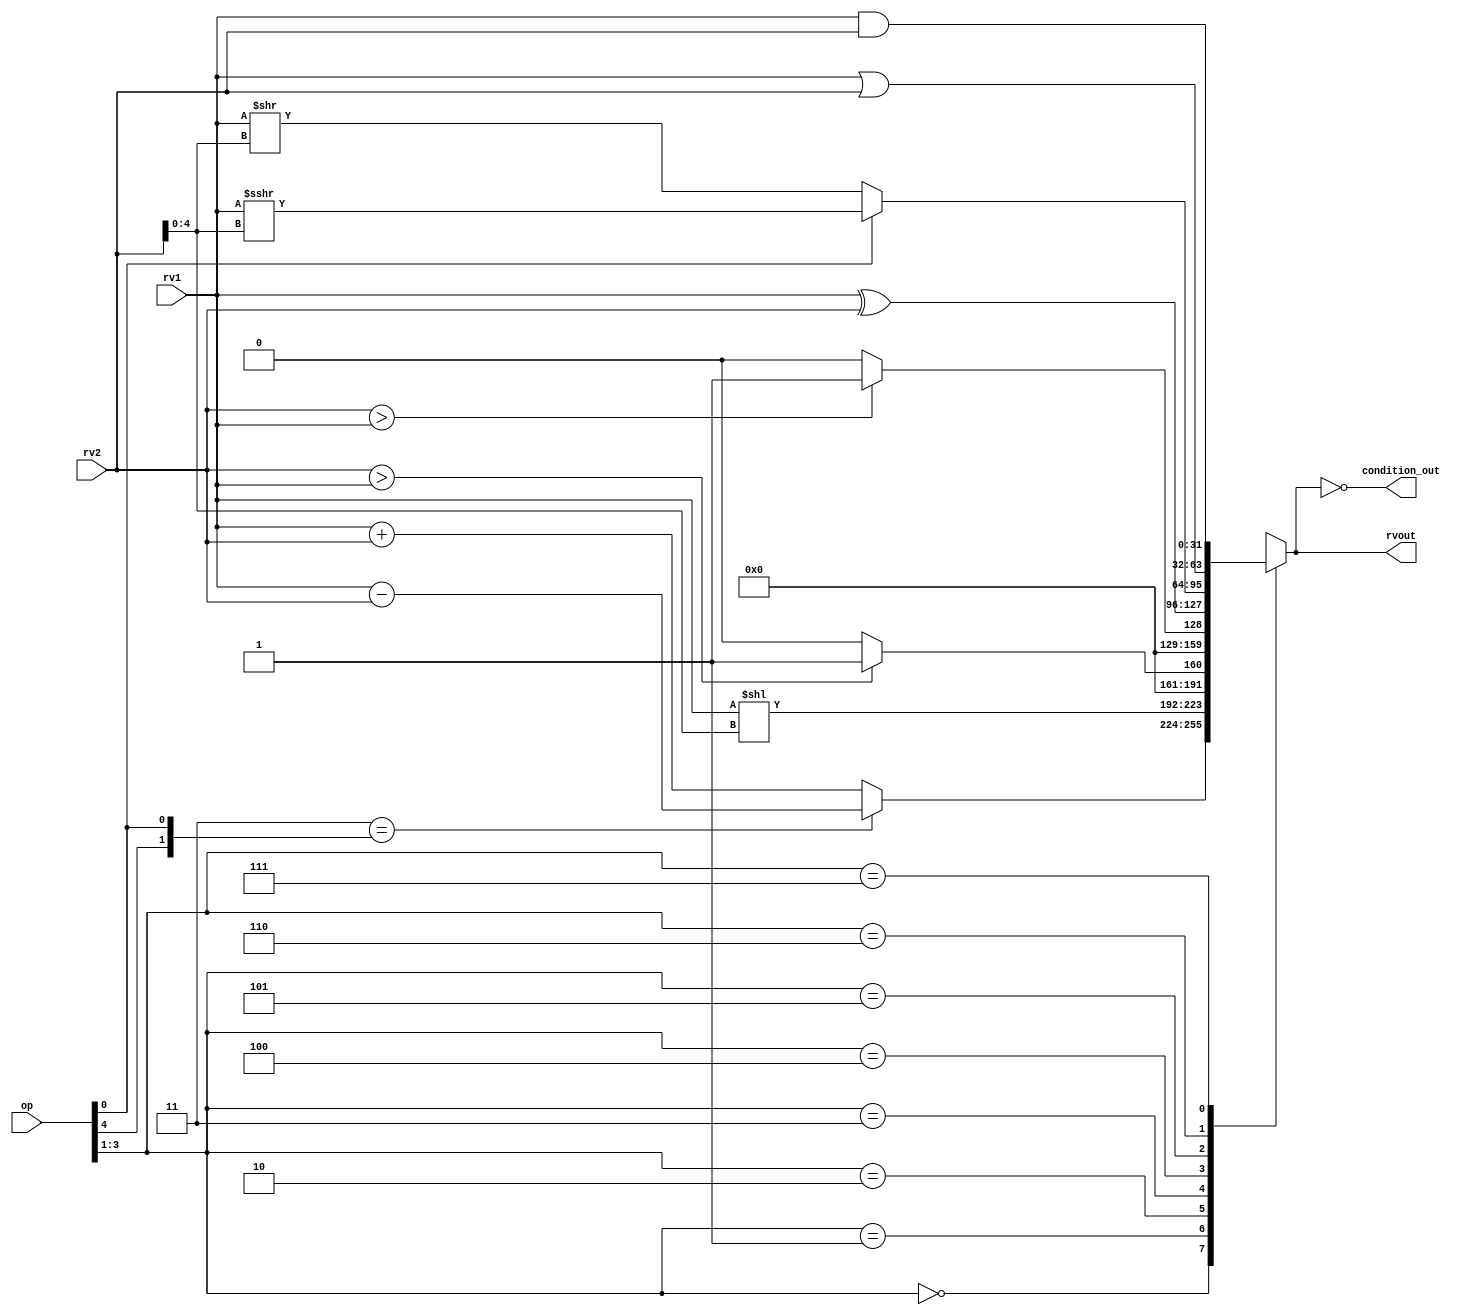
module alu32(
    input [5:0] op,      // some input encoding of your choice
    input [31:0] rv1,    // First operand
    input [31:0] rv2,    // Second operand
    output reg [31:0] rvout,  // Output value
    output condition_out  // Set to 1 / 0 based on the output condition.
);
    // op is based off Assignment 3
    assign condition_out = (rvout == 0);
    always @(rv1 or rv2 or op) begin
      case(op[3:1])                                                                                       //Blocking statements below because of combinational ALU
        3'b000: rvout = (2'b11 == {op[4],op[0]}) ?  rv1 - rv2 : rv1 + rv2;                                //ADD / SUB    -add
        3'b001: rvout = $signed(rv1) << $signed(rv2[4:0]);                                                //SLL   -shift logical left
        3'b010: rvout = ($signed(rv2) > $signed(rv1))?32'h1:32'h0;                                        //SLT   -if rv2>rv1, else 0 signed no. immediate
        3'b011: rvout = (rv2>rv1)?32'h1:32'h0;                                                            //SLTU  -if rv2>rv1, else 0 unsigned no. immediate
        3'b100: rvout = rv1 ^ rv2;                                                                        //XOR   -bitwise
        3'b101: rvout = (op[0]) ? $signed(rv1) >>> $signed(rv2[4:0]):$signed(rv1) >> $signed(rv2[4:0]);   // SRA / SRL
        3'b110: rvout = rv1 | rv2;                                                                        //OR    -bitwise
        3'b111: rvout = rv1 & rv2;                                                                        //AND   -bitwise
        default: rvout = 0;
      endcase
    end

endmodule